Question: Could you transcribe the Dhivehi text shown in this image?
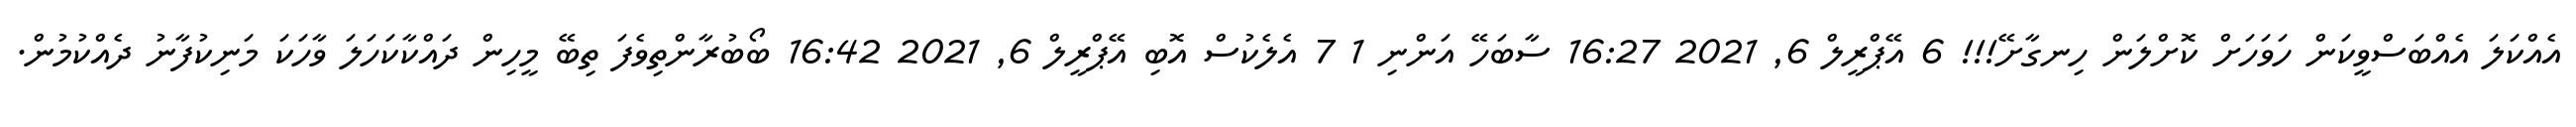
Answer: އެއްކަލަ އެއްބަސްވީކަން ހަވަހަށް ކޮށްލަން ހިނގާށޭ!!! 6 އޭޕްރީލް 6, 2021 16:27 ސާބަހޭ އަންނި 1 7 އެލެކުސް އޮބި އޭޕްރީލް 6, 2021 16:42 ބޯބުރާންތިވެފަ ތިބޭ މީހިން ދައްކާކަހަލަ ވާހަކަ މަނިކުފާނު ދެއްކުމުން.